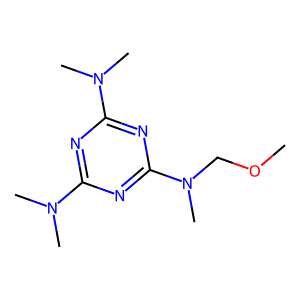
SMILES: COCN(C)c1nc(N(C)C)nc(N(C)C)n1
Inhibits HIV replication: No